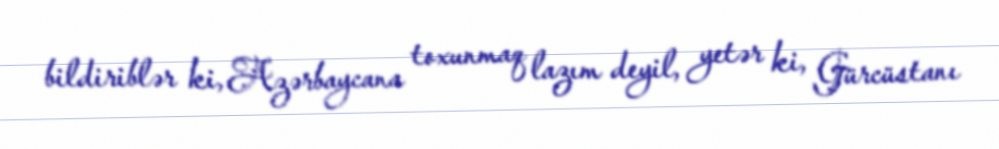
bildiriblər ki, Azərbaycana toxunmaq lazım deyil, yetər ki, Gürcüstanı